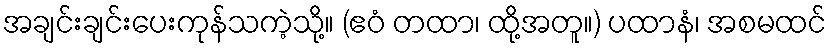
အချင်းချင်းပေးကုန်သကဲ့သို့။ (ဧဝံ တထာ၊ ထို့အတူ။) ပထာနံ၊ အစမထင်